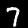
Label: 7